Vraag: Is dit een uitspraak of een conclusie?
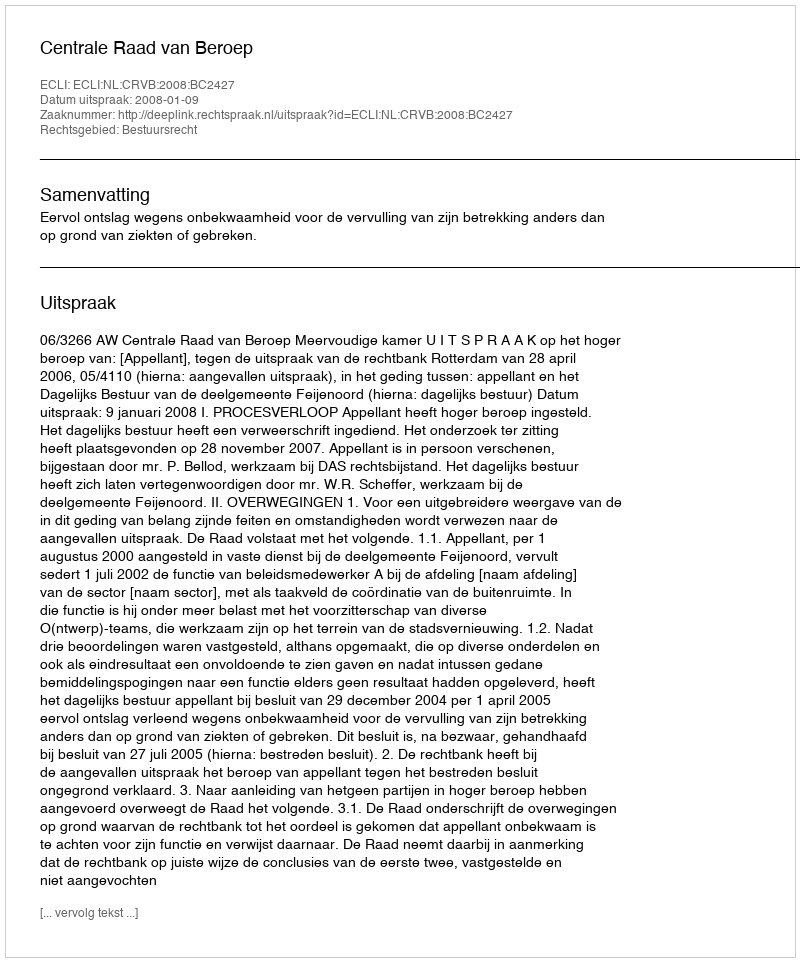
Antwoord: Uitspraak